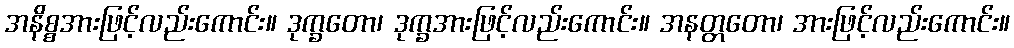
အနိစ္စအားဖြင့်လည်းကောင်း။ ဒုက္ခတော၊ ဒုက္ခအားဖြင့်လည်းကောင်း။ အနတ္တတော၊ အားဖြင့်လည်းကောင်း။